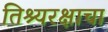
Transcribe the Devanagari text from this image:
तिश्यरक्षाचा